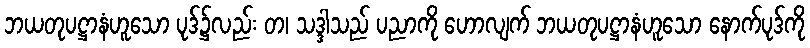
ဘယတုပဋ္ဌာနံဟူသော ပုဒ်၌လည်း တ၊ သဒ္ဒါသည် ပညာကို ဟောလျက် ဘယတုပဋ္ဌာနံဟူသော နောက်ပုဒ်ကို